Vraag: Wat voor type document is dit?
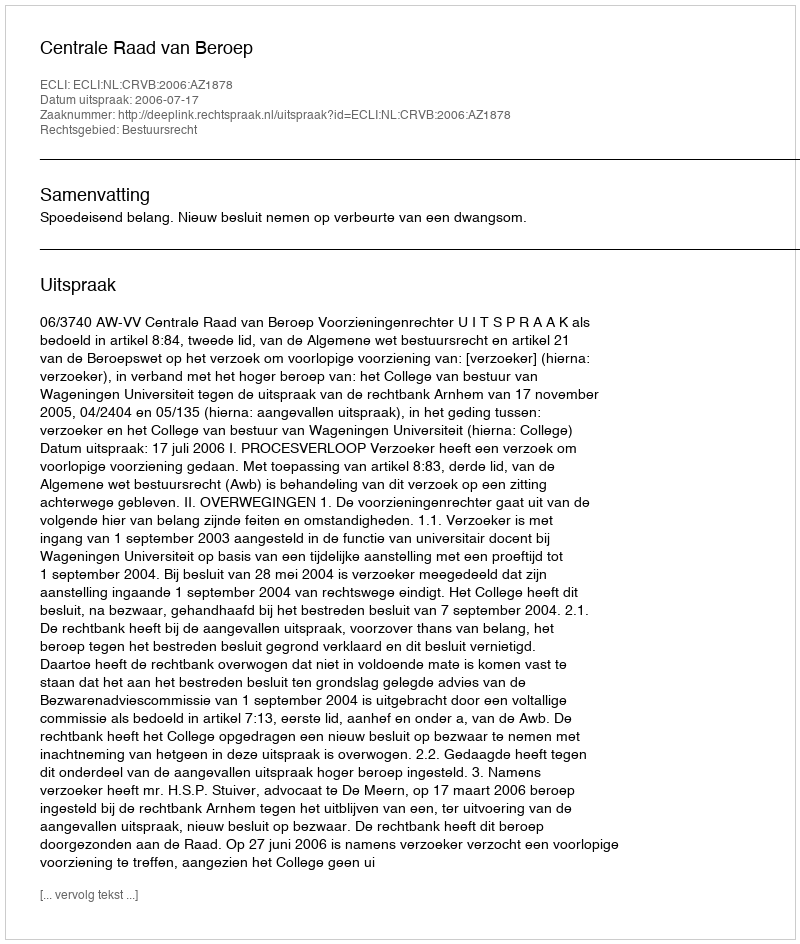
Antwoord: Uitspraak